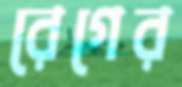
রেগের